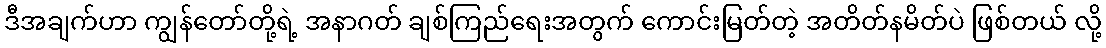
ဒီအချက်ဟာ ကျွန်တော်တို့ရဲ့ အနာဂတ် ချစ်ကြည်ရေးအတွက် ကောင်းမြတ်တဲ့ အတိတ်နမိတ်ပဲ ဖြစ်တယ် လို့